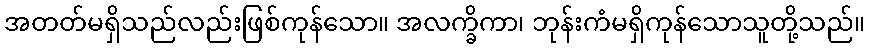
အတတ်မရှိသည်လည်းဖြစ်ကုန်သော။ အလက္ခိကာ၊ ဘုန်းကံမရှိကုန်သောသူတို့သည်။